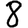
Digit: 8